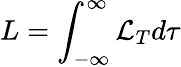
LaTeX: L=\int_{-\infty}^{\infty}\mathcal{L}_{T}d\tau